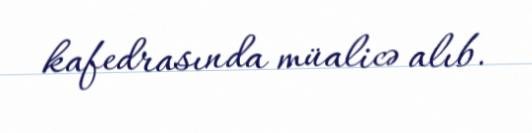
kafedrasında müalicə alıb.